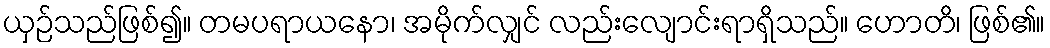
ယှဉ်သည်ဖြစ်၍။ တမပရာယနော၊ အမိုက်လျှင် လည်းလျောင်းရာရှိသည်။ ဟောတိ၊ ဖြစ်၏။